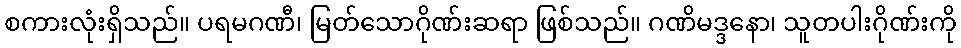
စကားလုံးရှိသည်။ ပရမဂဏီ၊ မြတ်သောဂိုဏ်းဆရာ ဖြစ်သည်။ ဂဏိမဒ္ဒနော၊ သူတပါးဂိုဏ်းကို